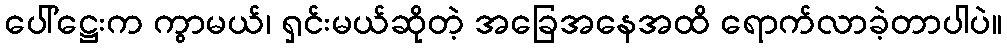
ပေါ်ဋ္ဌေးက ကွာမယ်၊ ရှင်းမယ်ဆိုတဲ့ အခြေအနေအထိ ရောက်လာခဲ့တာပါပဲ။